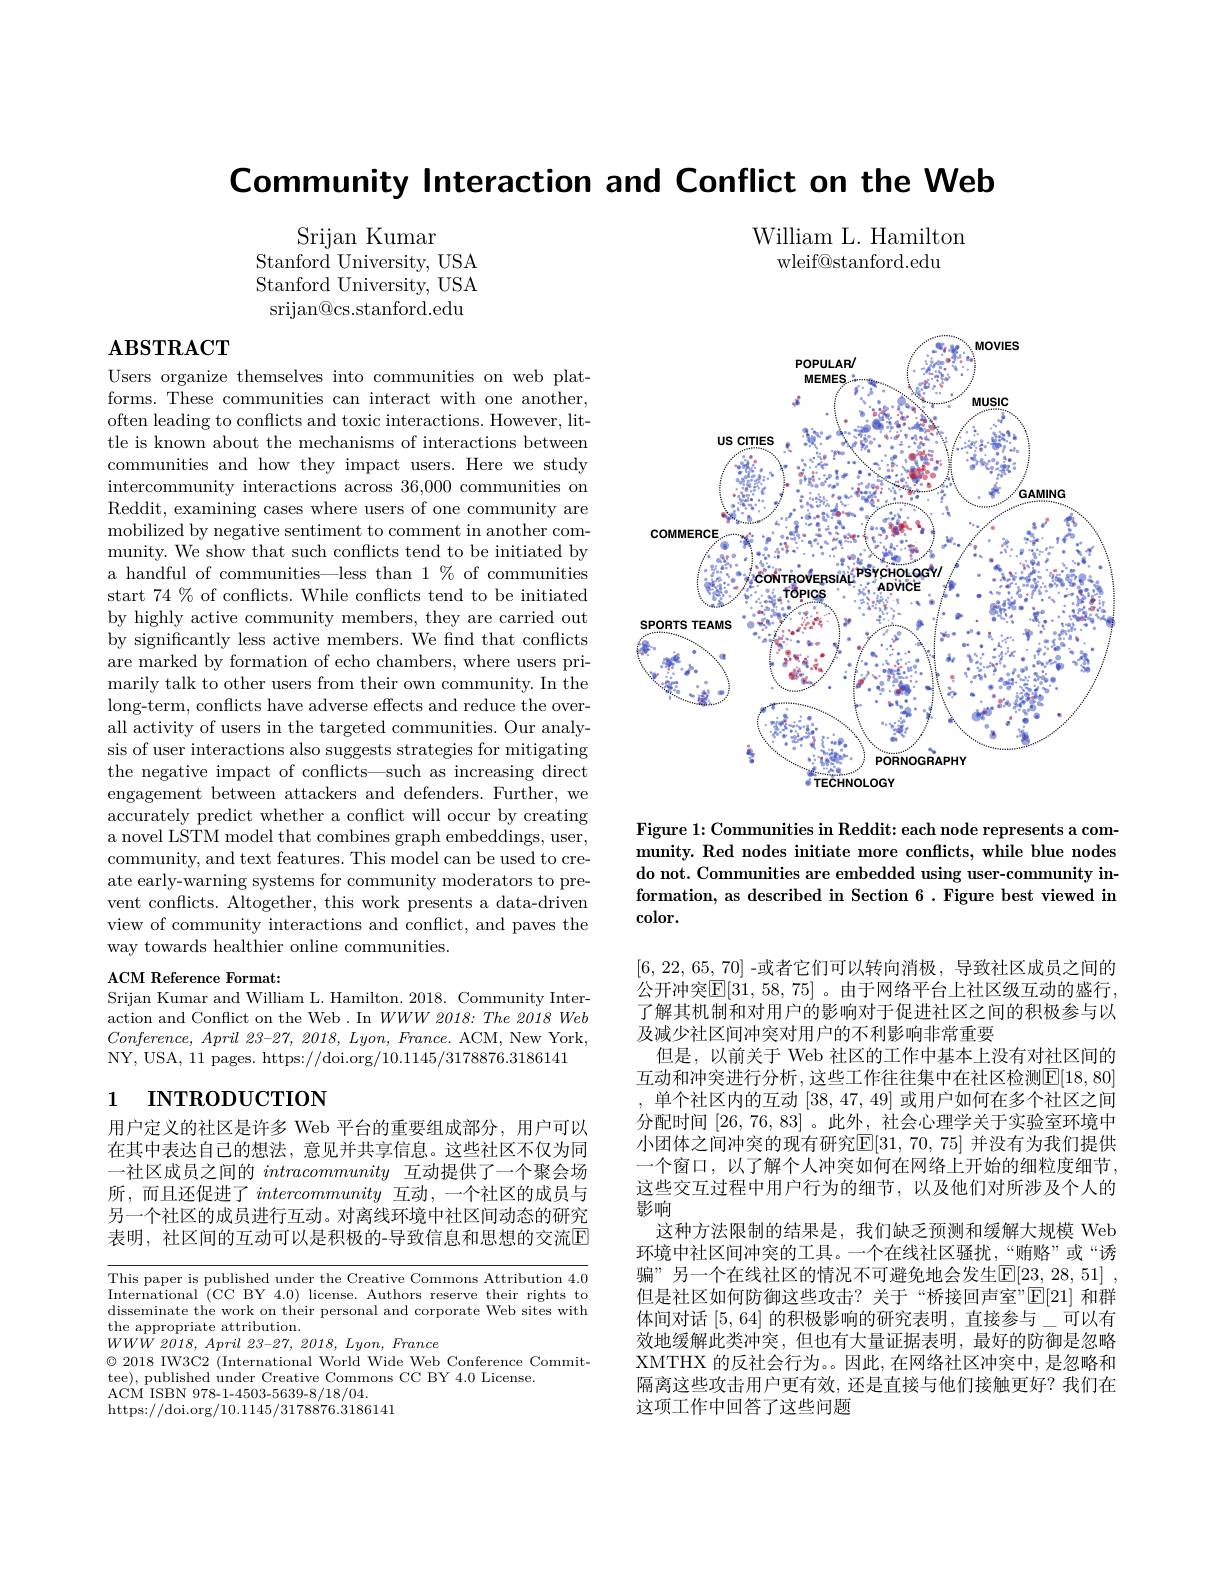
Community Interaction and Conflict on the Web

William L. Hamilton
wleif@stanford.edu

Srijan Kumar
Stanford University, USA Stanford University, USA srijan@cs.stanford.edu

# $\mathbf{ABSTRACT}$

Users organize themselves into communities on web platforms. These communities can interact with one another, often leading to conflicts and toxic interactions. However, little is known about the mechanisms of interactions between communities and how they impact users. Here we study intercommunity interactions across 36,000 communities on Reddit, examining cases where users of one community are mobilized by negative sentiment to comment in another community. We show that such conflicts tend to be initiated by a handful of communities—less than 1 % of communities start $74\%$ of conflicts. While conflicts tend to be initiated by highly active community members, they are carried out by significantly less active members. We find that conflicts are marked by formation of echo chambers, where users primarily talk to other users from their own community. In the long-term, conflicts have adverse effects and reduce the overall activity of users in the targeted communities. Our analysis of user interactions also suggests strategies for mitigating the negative impact of conflicts—such as increasing direct engagement between attackers and defenders. Further, we accurately predict whether a conflict will occur by creating a novel LSTM model that combines graph embeddings, user, community, and text features. This model can be used to create early-warning systems for community moderators to prevent conflicts. Altogether, this work presents a data-driven view of community interactions and conflict, and paves the way towards healthier online communities.
ACM Reference Format:

Srijan Kumar and William L. Hamilton. 2018. Community Interaction and Conflict on the Web. In $WWW\textit{2018: The 2018 Web}$ $Conference, April 23- 27, 2018, Lyon, France. $ACM, New York, NY, USA, 11 pages. https: / / doi. org/ 10. 1145/ 3178876. 3186141

# 1 INTRODUCTION

用户定义的社区是许多 Web 平台的重要组成部分，用户可以在其中表达自己的想法，意见并共享信息。这些社区不仅为同一社区成员之间的intracommunity互动提供了一个聚会场所，而且还促进了intercommunity 互动，一个社区的成员与另一个社区的成员进行互动。对离线环境中社区间动态的研究表明，社区间的互动可以是积极的-导致信息和思想的交流$\overline{\mathrm{E}}$

This paper is published under the Creative Commons Attribution 4.0 International (CC BY 4.0) license. Authors reserve their rights to disseminate the work on their personal and corporate Web sites with the appropriate attribution.
$WWWW$ 2018, April 23-27, 2018, Lyon, France
$\textcircled{\circ}2018$ IW3C2 (International World Wide Web Conference Commit-
tee), published under Creative Commons CC BY 4.0 License.
ACM ISBN 978- 1- 4503- 5639- 8/ 18/ 04.
https://doi.org/10.1145/3178876.3186141

<FigureHere>

Figure 1: Communities in Reddit: each node represents a community. Red nodes initiate more conflicts, while blue nodes do not. Communities are embedded using user-community information, as described in Section 6. Figure best viewed in $\cos$lor.

[6, 22, 65, 70] -或者它们可以转向消极，导致社区成员之间的公开冲突$\mathbb{E}[31,58,75]$。由于网络平台上社区级互动的盛行， 了解其机制和对用户的影响对于促进社区之间的积极参与以及减少社区间冲突对用户的不利影响非常重要
但是，以前关于 Web 社区的工作中基本上没有对社区间的互动和冲突进行分析，这些工作往往集中在社区检测$\boxed{\mathrm{E}}[18,80]$ 单个社区内的互动[38,47,49]或用户如何在多个社区之间分配时间[26,76,83] 。此外，社会心理学关于实验室环境中小团体之间冲突的现有研究$\mathbb{E}[31,70,75]$ 并没有为我们提供一个窗口，以了解个人冲突如何在网络上开始的细粒度细节， 这些交互过程中用户行为的细节，以及他们对所涉及个人的影响
这种方法限制的结果是，我们缺乏预测和缓解大规模 Web 环境中社区间冲突的工具。一个在线社区骚扰，“贿赂”或“诱骗”另一个在线社区的情况不可避免地会发生$\operatorname{E}[23,28,51]~$, 但是社区如何防御这些攻击？关于“桥接回声室”$\operatorname{E}[21]$和群体间对话[5,64]的积极影响的研究表明，直接参与\_可以有效地缓解此类冲突，但也有大量证据表明，最好的防御是忽略XMTHX 的反社会行为。。因此，在网络社区冲突中，是忽略和隔离这些攻击用户更有效，还是直接与他们接触更好？我们在这项工作中回答了这些问题